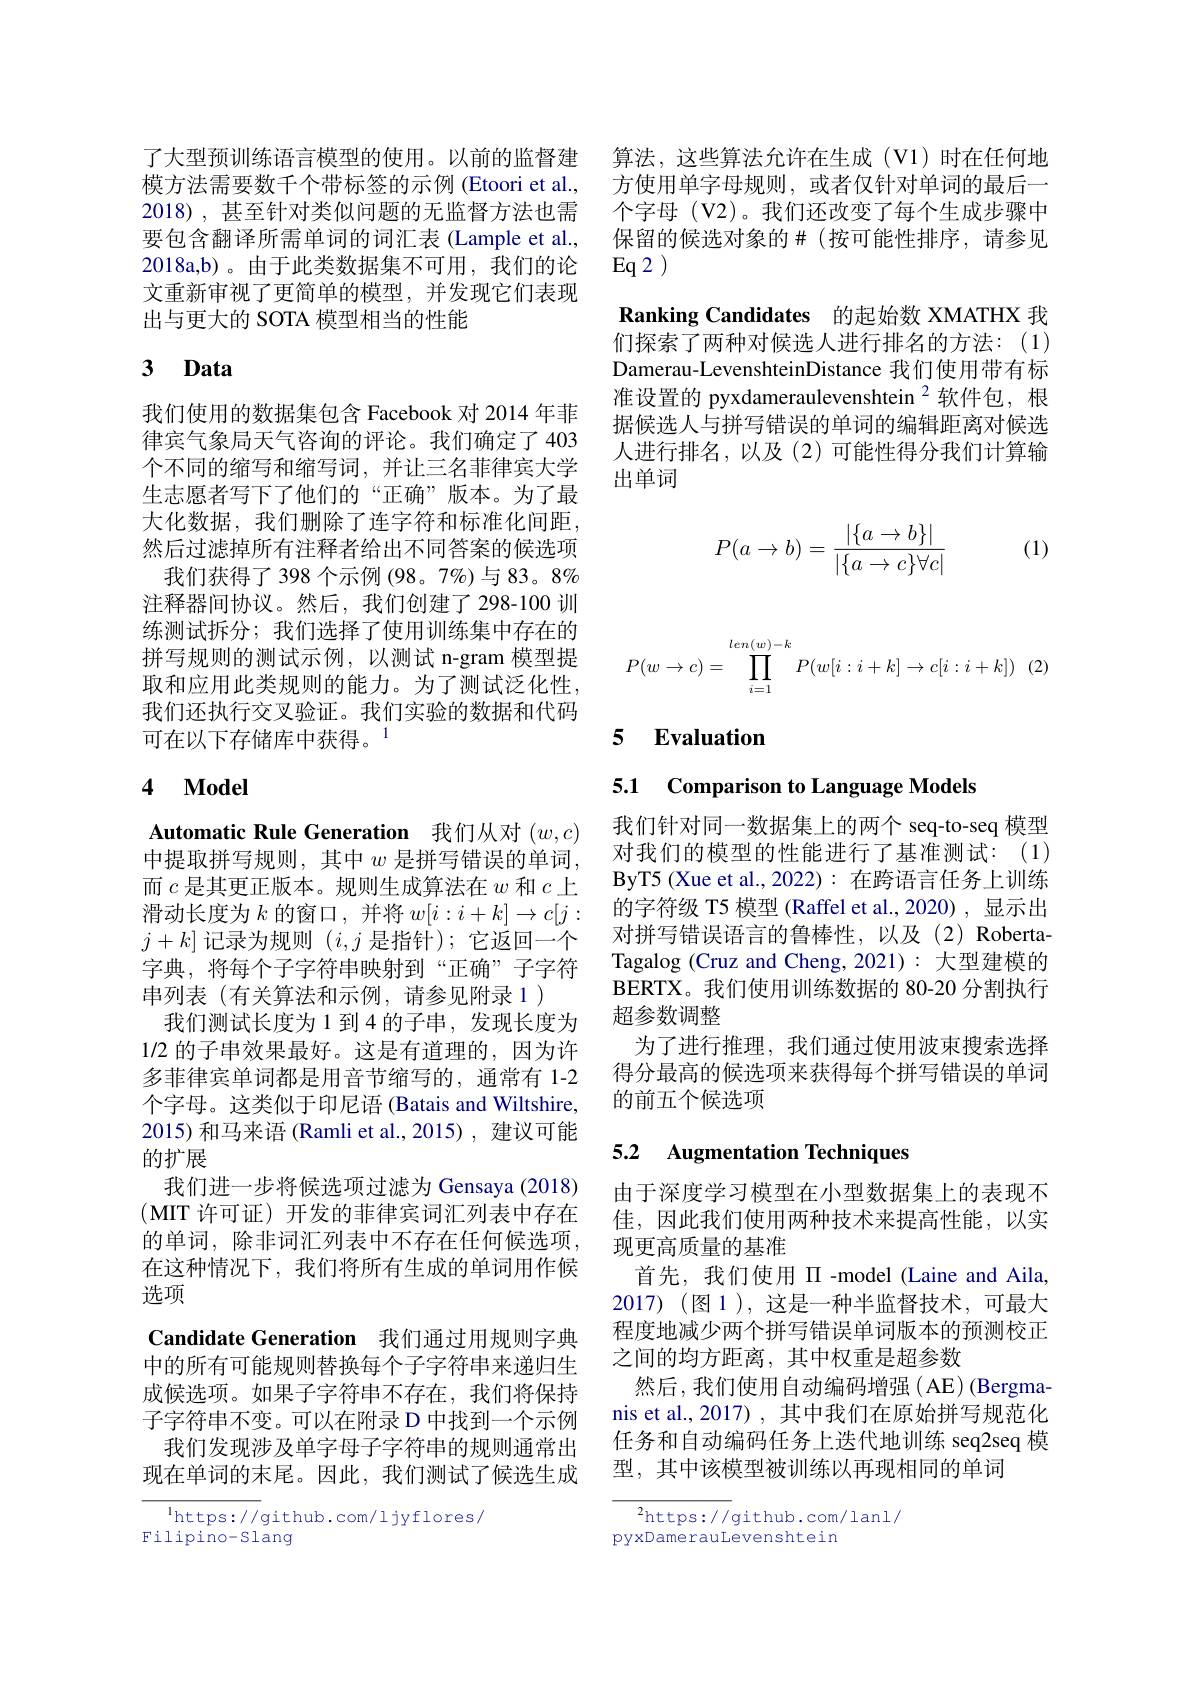
算法，这些算法允许在生成(V1)时在任何地方使用单字母规则，或者仅针对单词的最后一个字母 (V2)。我们还改变了每个生成步骤中保留的候选对象的$\#$(按可能性排序，请参见$Eq2)$

Ranking Candidates 的起始数 XMATHX 我

们探索了两种对候选人进行排名的方法：(1) Damerau-LevenshteinDistance 我们使用带有标准设置的 pyxdameraulevenshtein $^{2}$软件包，根据候选人与拼写错误的单词的编辑距离对候选人进行排名，以及(2)可能性得分我们计算输出单词
$$P(a\to b)=\frac{|\{a\to b\}|}{|\{a\to c\}\forall c|}$$
(1)

了大型预训练语言模型的使用。以前的监督建模方法需要数千个带标签的示例 (Etoori et al., 2018), 甚至针对类似问题的无监督方法也需要包含翻译所需单词的词汇表 (Lample et al., 2018a,b)。由于此类数据集不可用，我们的论文重新审视了更简单的模型，并发现它们表现出与更大的 SOTA 模型相当的性能

# 3 Data

我们使用的数据集包含 Facebook 对 2014 年菲律宾气象局天气咨询的评论。我们确定了 403个不同的缩写和缩写词，并让三名菲律宾大学生志愿者写下了他们的“正确”版本。为了最大化数据，我们删除了连字符和标准化间距， 然后过滤掉所有注释者给出不同答案的候选项
我们获得了 398 个示例 (98。7%)与 83。8% 注释器间协议。然后，我们创建了298-100 训练测试拆分；我们选择了使用训练集中存在的拼写规则的测试示例，以测试 n-gram 模型提取和应用此类规则的能力。为了测试泛化性， 我们还执行交叉验证。我们实验的数据和代码可在以下存储库中获得。$^{1}$

### 4 $\mathbf{Model}$

Automatic Rule Generation 我们从对$(w,c)$ 中提取拼写规则，其中 $w$ 是拼写错误的单词， 而$c$是其更正版本。规则生成算法在$w$和$c$上滑动长度为$k$ 的窗口，并将 $w[i:i+k]\to c[j:$ $j+k]$记录为规则$(i,j$是指针);它返回一个字典，将每个子字符串映射到“正确”子字符串列表(有关算法和示例，请参见附录 1)
我们测试长度为1到4的子串，发现长度为1/2 的子串效果最好。这是有道理的，因为许多菲律宾单词都是用音节缩写的，通常有 1-2个字母。这类似于印尼语 (Batais and Wiltshire, 2015) 和马来语 (Ramli et al.,2015) , 建议可能的扩展
我们进一步将候选项过滤为 Gensaya (2018) (MIT 许可证)开发的菲律宾词汇列表中存在的单词，除非词汇列表中不存在任何候选项， 在这种情况下，我们将所有生成的单词用作候选项
Candidate Generation 我们通过用规则字典中的所有可能规则替换每个子字符串来递归生成候选项。如果子字符串不存在，我们将保持子字符串不变。可以在附录 D 中找到一个示例我们发现涉及单字母子字符串的规则通常出
现在单词的末尾。因此，我们测试了候选生成

$^{1}$https://github.com/ljyflores/
Filipino- Slang
$$P(w\to c)=\prod\limits_{i=1}^{len(w)-k}P(w[i:i+k]\to c[i:i+k])\:(2)$$
### 5 $\textbf{Evaluation}$

5.1 Comparison to Language Models

我们针对同一数据集上的两个 seq-to-seq 模型对我们的模型的性能进行了基准测试：(1) ByT5 ( Xue et al. , 2022) : 在跨语言任务上训练的字符级 T5 模型 (Raffel et al.,2020),显示出对拼写错误语言的鲁棒性，以及(2) RobertaTagalog (Cruz and Cheng,2021): 大型建模的BERTX。我们使用训练数据的 80-20 分割执行超参数调整
为了进行推理，我们通过使用波束搜索选择得分最高的候选项来获得每个拼写错误的单词的前五个候选项

# 5.2 Augmentation Techniques

由于深度学习模型在小型数据集上的表现不佳，因此我们使用两种技术来提高性能，以实现更高质量的基准
首先，我们使用 II-model (Laine and Aila, 2017)(图1),这是一种半监督技术，可最大程度地减少两个拼写错误单词版本的预测校正之间的均方距离，其中权重是超参数
然后，我们使用自动编码增强(AE)(Bergmanis et al.,2017) , 其中我们在原始拼写规范化任务和自动编码任务上迭代地训练 seq2seq 模型，其中该模型被训练以再现相同的单词

$^2$https://github.com/lanl/
pyxDamerauLevenshtein